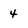
Character: 4